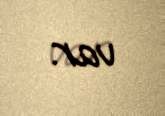
var.